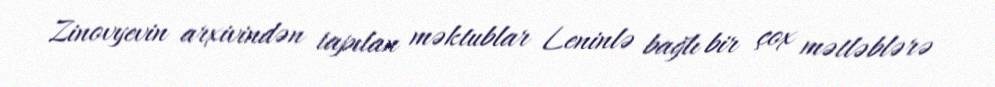
Zinovyevin arxivindən tapılan məktublar Leninlə bağlı bir çox mətləblərə